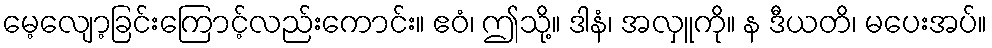
မေ့လျော့ခြင်းကြောင့်လည်းကောင်း။ ဧဝံ၊ ဤသို့။ ဒါနံ၊ အလှူကို။ န ဒီယတိ၊ မပေးအပ်။